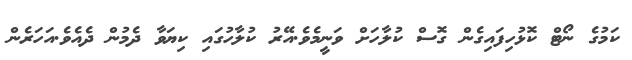
ކަމުގެ ނޯޓް ކޮޅުހިފައިގެން ގޮސް ކުލާހަށް ވަނީމެވެ.އޭރު ކުލާހުގައި ކިޔަވާ ދެމުން ދެއެވެ.އަހަރެން